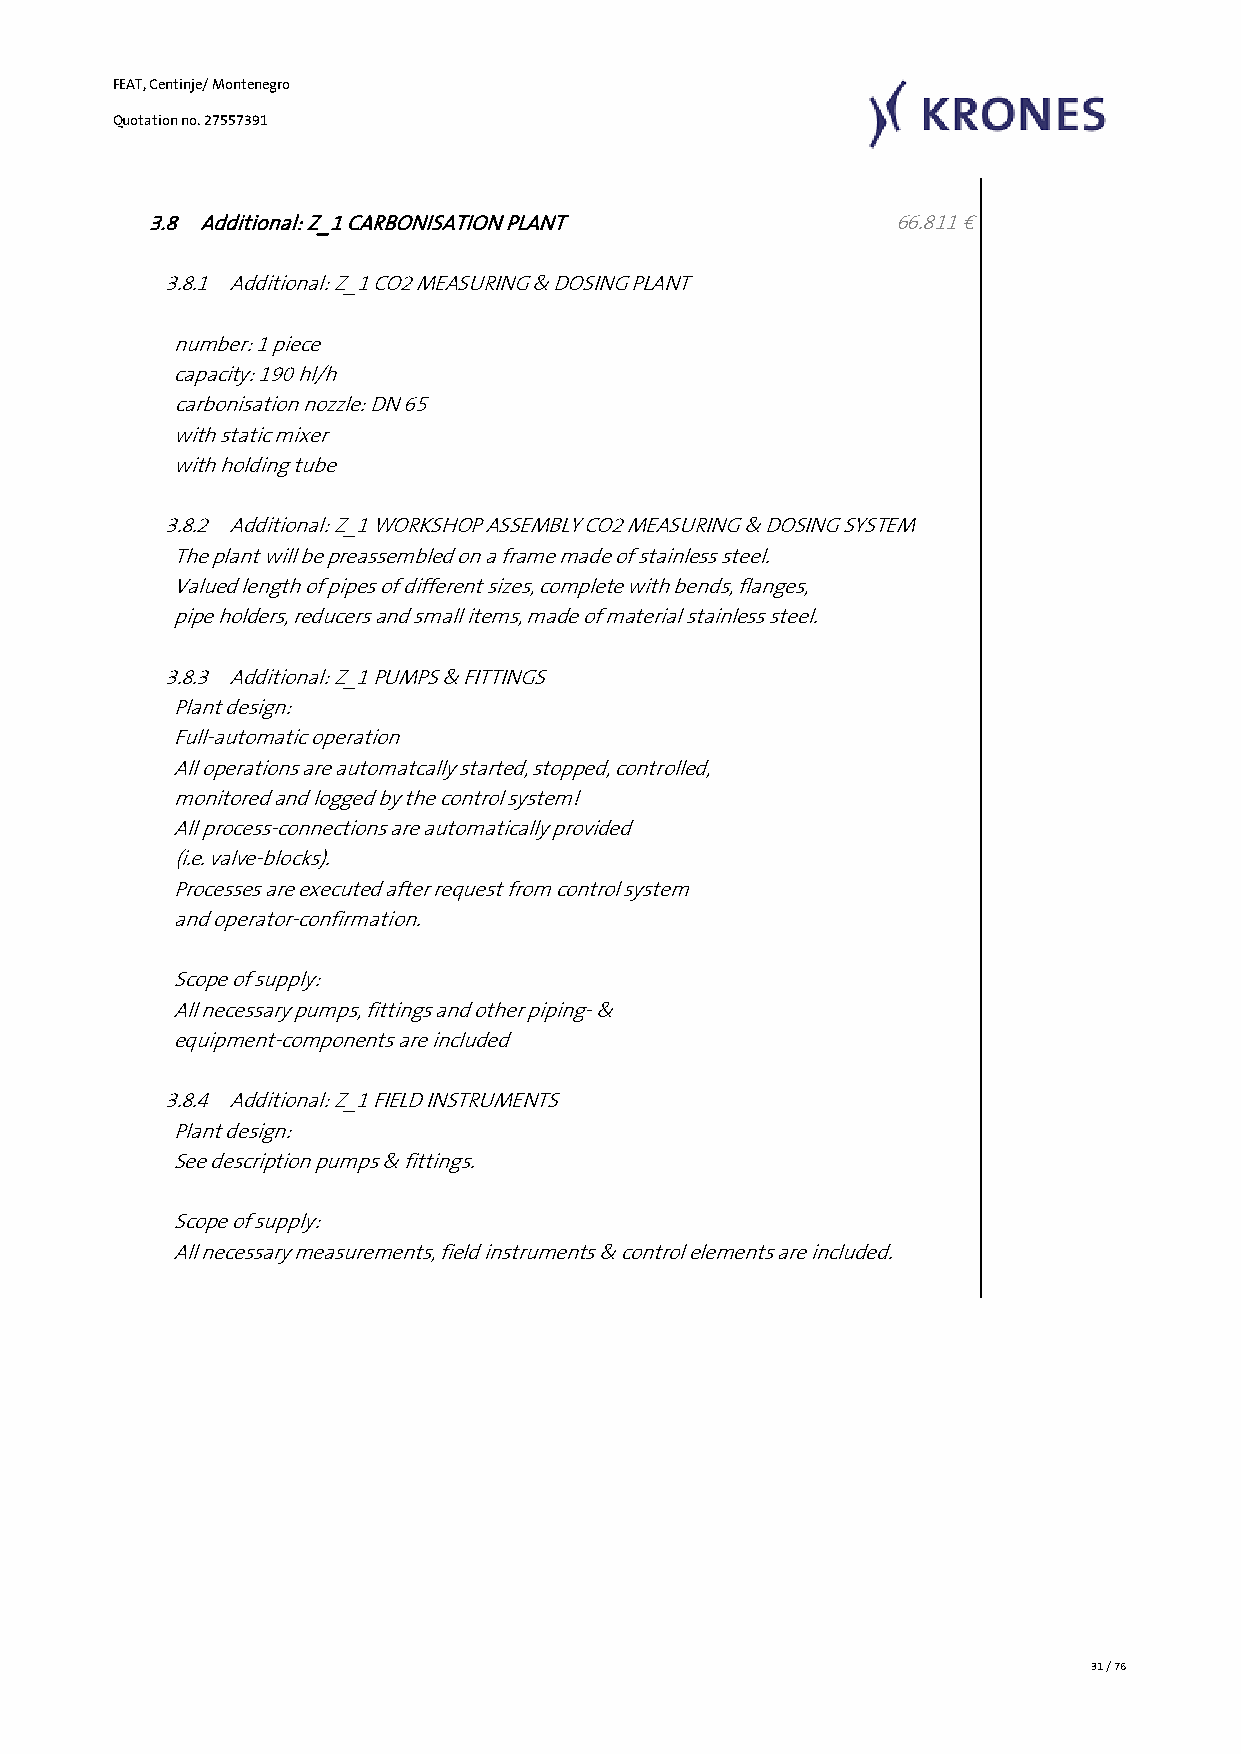
FEAT, Centinje/ Montenegro
 Quotation no. 27557391
 3.8 Additional: Z_1 CARBONISATION PLANT           66.811 €
 3.8.1 Additional: Z_1 CO2 MEASURING & DOSING PLANT
 number: 1 piece
 capacity: 190 hl/h
 carbonisation nozzle: DN 65
 with static mixer
 with holding tube
 3.8.2 Additional: Z_1 WORKSHOP ASSEMBLY CO2 MEASURING & DOSING SYSTEM
 The plant will be preassembled on a frame made of stainless steel.
 Valued length of pipes of different sizes, complete with bends, flanges,
 pipe holders, reducers and small items, made of material stainless steel.
 3.8.3 Additional: Z_1 PUMPS & FITTINGS
 Plant design:
 Full-automatic operation
 All operations are automatcally started, stopped, controlled,
 monitored and logged by the control system!
 All process-connections are automatically provided
 (i.e. valve-blocks).
 Processes are executed after request from control system
 and operator-confirmation.
 Scope of supply:
 All necessary pumps, fittings and other piping- &
 equipment-components are included
 3.8.4 Additional: Z_1 FIELD INSTRUMENTS
 Plant design:
 See description pumps & fittings.
 Scope of supply:
 All necessary measurements, field instruments & control elements are included.
 31 / 76